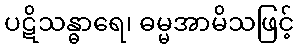
ပဋိသန္ဓာရေ၊ ဓမ္မအာမိသဖြင့်